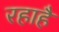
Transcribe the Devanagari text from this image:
रहाहै